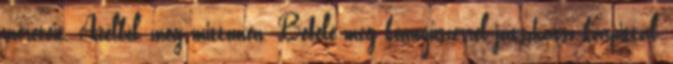
méreteit. Acélból, meg mittomén. Befelé meg könnyűszerrel játszhatsz kárpittal,